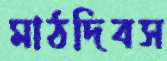
মাঠদিবস